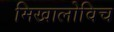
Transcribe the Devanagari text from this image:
मिखालोविच